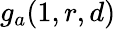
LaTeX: g_{a}(1,r,d)